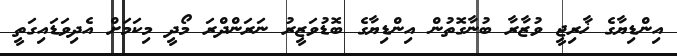
އިންޑިޔާގެ ޚާރިޖީ ވުޒާރާ ބުނާގޮތުން އިންޑިޔާގެ ބޮޑުވަޒީރު ނަރަންދްރަ މޯދީ މިކަމަށް އެދިވަޑައިގަތީ